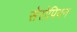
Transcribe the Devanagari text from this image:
सेरोपियन